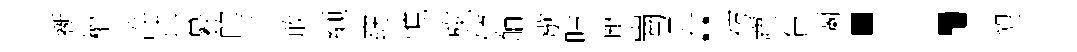
斵權淬拄纂的芋敢纈窈憔旐傾舳歇呫献崗貢“祊塵貨蘭；塑